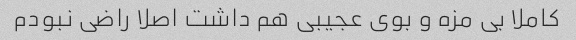
کاملا بی مزه و بوی عجیبی هم داشت اصلا راضی نبودم